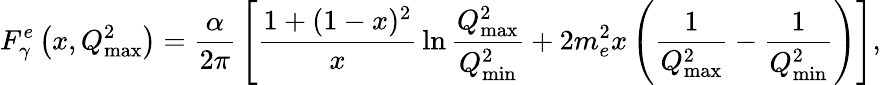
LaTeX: F_{\gamma}^{e}\left(x,Q_{\mathrm{max}}^{2}\right)={\frac{\alpha}{2\pi}}\left[{\frac{1+(1-x)^{2}}{x}}\ln{\frac{Q_{\mathrm{max}}^{2}}{Q_{\mathrm{min}}^{2}}}+2m_{e}^{2}x\left({\frac{1}{Q_{\mathrm{max}}^{2}}}-{\frac{1}{Q_{\mathrm{min}}^{2}}}\right)\right],